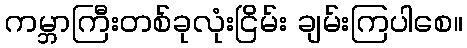
ကမ္ဘာကြီးတစ်ခုလုံးငြိမ်း ချမ်းကြပါစေ။